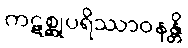
ကဋစ္ဆုပရိဿာဝနန္တိ